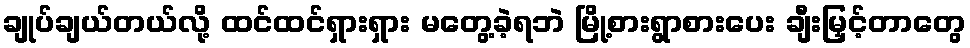
ချုပ်ချယ်တယ်လို့ ထင်ထင်ရှားရှား မတွေ့ခဲ့ရဘဲ မြို့စားရွာစားပေး ချီးမြှင့်တာတွေ